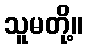
သူမတို့။